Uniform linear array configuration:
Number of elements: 64
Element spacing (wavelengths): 0.75
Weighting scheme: hann
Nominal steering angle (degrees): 0
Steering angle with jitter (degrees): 0.02198
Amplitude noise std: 0.05
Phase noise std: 0.05

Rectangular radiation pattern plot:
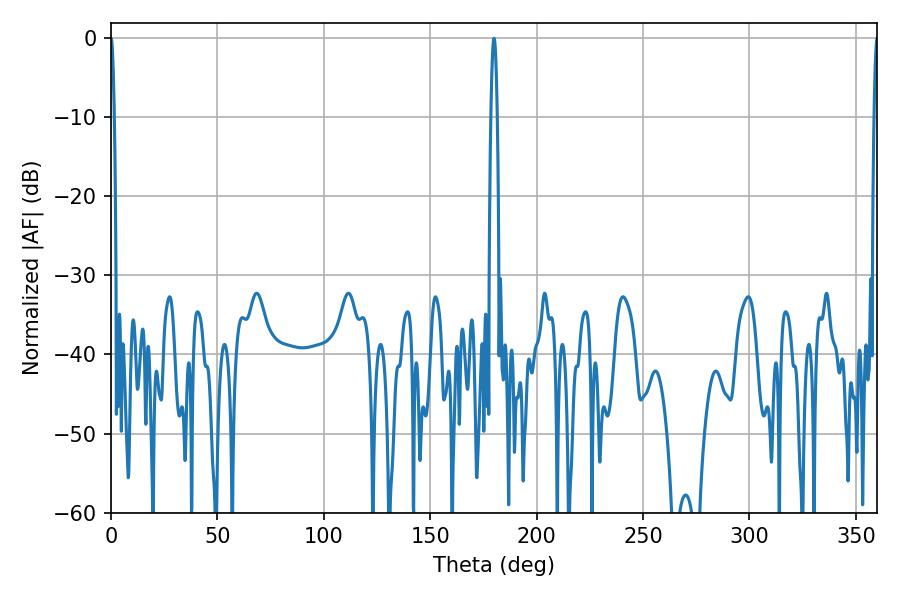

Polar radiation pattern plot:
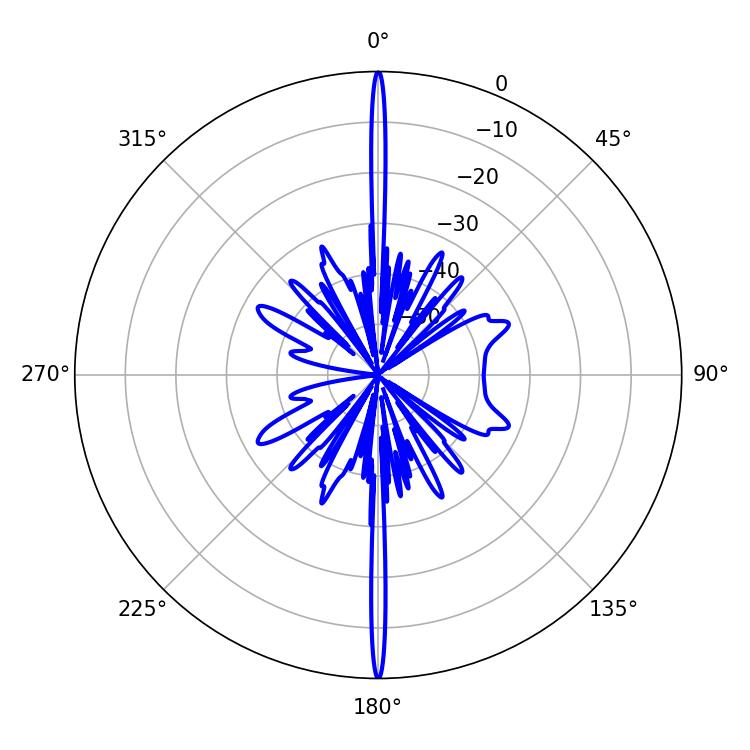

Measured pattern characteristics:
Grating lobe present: TRUE
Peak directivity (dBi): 41.054
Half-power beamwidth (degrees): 0.72
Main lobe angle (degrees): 0